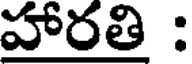
హారతి :